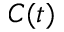
C ( t )